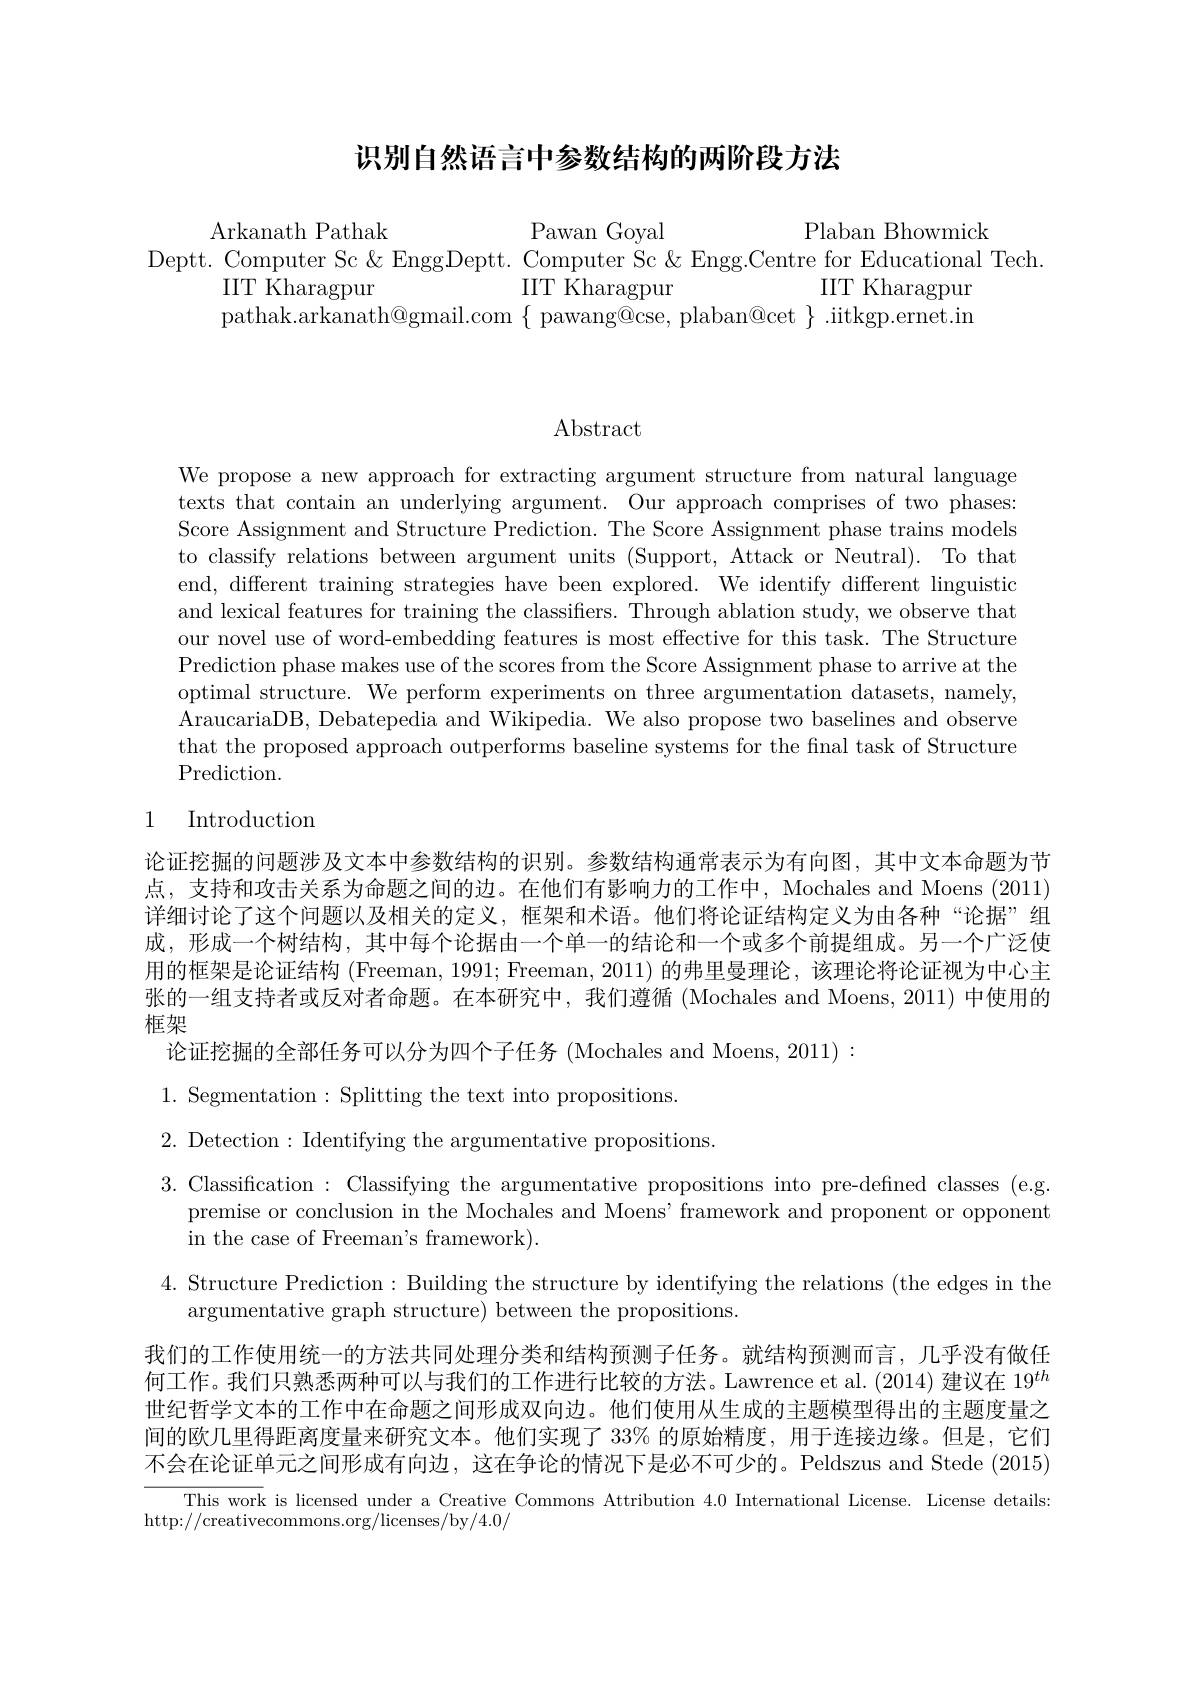
## 识别自然语言中参数结构的两阶段方法

$\begin{array}{c}\text{Arkanath Pathak}&\text{Pawan Goyal}\\\text{Deptt. Computer Sc }\&\text{ EnggDeptt. Computer Sc}\&\text{ Engg.Centre for Educational Tech.}\\\text{IIT Kharagpur}&\text{IIT Kharagpur}\\\text{pathak.arkanath@gmail.com}\{\text{ pawang@cse, plaban@cet}\}\text{ iitkgp.ernet.in}\end{array}$

$\operatorname{Abstract}$

We propose a new approach for extracting argument structure from natural language texts that contain an underlying argument. Our approach comprises of two phases: Score Assignment and Structure Prediction. The Score Assignment phase trains models to classify relations between argument units (Support, Attack or Neutral). To that end, different training strategies have been explored. We identify different linguistic and lexical features for training the classifiers. Through ablation study, we observe that our novel use of word-embedding features is most effective for this task. The Structure Prediction phase makes use of the scores from the Score Assignment phase to arrive at the optimal structure. We perform experiments on three argumentation datasets, namely, AraucariaDB, Debatepedia and Wikipedia. We also propose two baselines and observe that the proposed approach outperforms baseline systems for the final task of Structure Prediction.

## 1 Introduction

论证挖掘的问题涉及文本中参数结构的识别。参数结构通常表示为有向图，其中文本命题为节点，支持和攻击关系为命题之间的边。在他们有影响力的工作中，Mochales and Moens (2011) 详细讨论了这个问题以及相关的定义，框架和术语。他们将论证结构定义为由各种“论据”组成，形成一个树结构，其中每个论据由一个单一的结论和一个或多个前提组成。另一个广泛使用的框架是论证结构 (Freeman, 1991; Freeman, 2011) 的弗里曼理论，该理论将论证视为中心主张的一组支持者或反对者命题。在本研究中，我们遵循 (Mochales and Moens, 2011) 中使用的框架
论证挖掘的全部任务可以分为四个子任务 (Mochales and Moens, 2011) :
1. Segmentation:Splitting the text into propositions.
2. Detection: Identifying the argumentative propositions.
3. Classification: Classifying the argumentative propositions into pre-defined classes (e.g.
premise or conclusion in the Mochales and Moens' framework and proponent or opponent
in the case of Freeman's framework).
4. Structure Prediction: Building the structure by identifying the relations (the edges in the
argumentative graph structure) between the propositions.
我们的工作使用统一的方法共同处理分类和结构预测子任务。就结构预测而言，几乎没有做任何工作。我们只熟悉两种可以与我们的工作进行比较的方法。Lawrence et al. (2014) 建议在 19$^{th}$ 世纪哲学文本的工作中在命题之间形成双向边。他们使用从生成的主题模型得出的主题度量之间的欧几里得距离度量来研究文本。他们实现了 33% 的原始精度，用于连接边缘。但是，它们不会在论证单元之间形成有向边，这在争论的情况下是必不可少的。Peldszus and Stede (2015)
This work is licensed under a Creative Commons Attribution 4.0 International License. License details:
http://creativecommons.org/licenses/by/4.0/